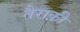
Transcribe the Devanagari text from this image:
तैराक़ी